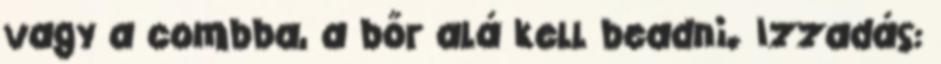
vagy a combba, a bőr alá kell beadni. Izzadás: